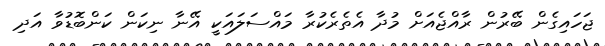
ޖަހައިގެން ބޭރުން ރާއްޖެއަށް މުދާ އެތެރެކުރާ މައްސަލައަކީ އޭނާ ނިކަން ކަންބޮޑުވާ އަދި